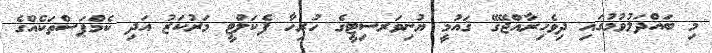
މި ބައްދަލުވުމުގައި ދިވެހިރާއްޖޭގޭ ޤައުމީ ޔުނިވަރސިޓީގެ ހުރިހާ ފެކަލްޓީ މަރުކަޒު އަދި ކެމްޕަސްތަކެއްގެ